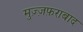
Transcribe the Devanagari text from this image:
मुज़्ज़फ़राबाद